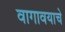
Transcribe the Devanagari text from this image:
वागावयाचे